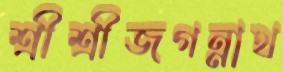
শ্রীশ্রীজগন্নাথ